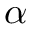
\alpha